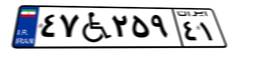
۳۹W۵۰۵۴۳